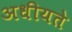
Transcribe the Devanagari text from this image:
अधीयते